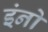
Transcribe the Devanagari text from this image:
इंनो